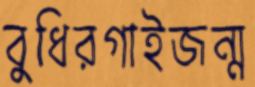
বুধিরগাইজন্ম